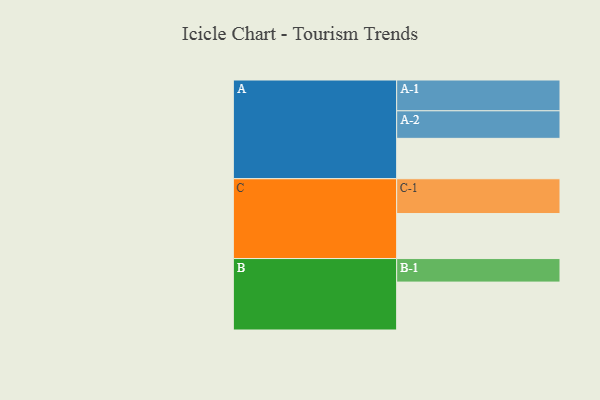
{"axis": {"x": "Segment", "y": "Value"}, "legend": ["", "A", "B", "C"], "data": [{"x": "A", "y": 333, "type": ""}, {"x": "B", "y": 395, "type": ""}, {"x": "C", "y": 371, "type": ""}, {"x": "A-1", "y": 254, "type": "A"}, {"x": "A-2", "y": 227, "type": "A"}, {"x": "B-1", "y": 194, "type": "B"}, {"x": "C-1", "y": 287, "type": "C"}]}